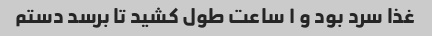
غذا سرد بود و ۱ ساعت طول کشید تا برسد دستم